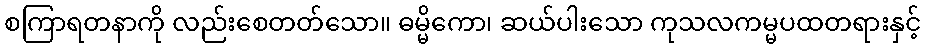
စကြာရတနာကို လည်းစေတတ်သော။ ဓမ္မိကော၊ ဆယ်ပါးသော ကုသလကမ္မပထတရားနှင့်